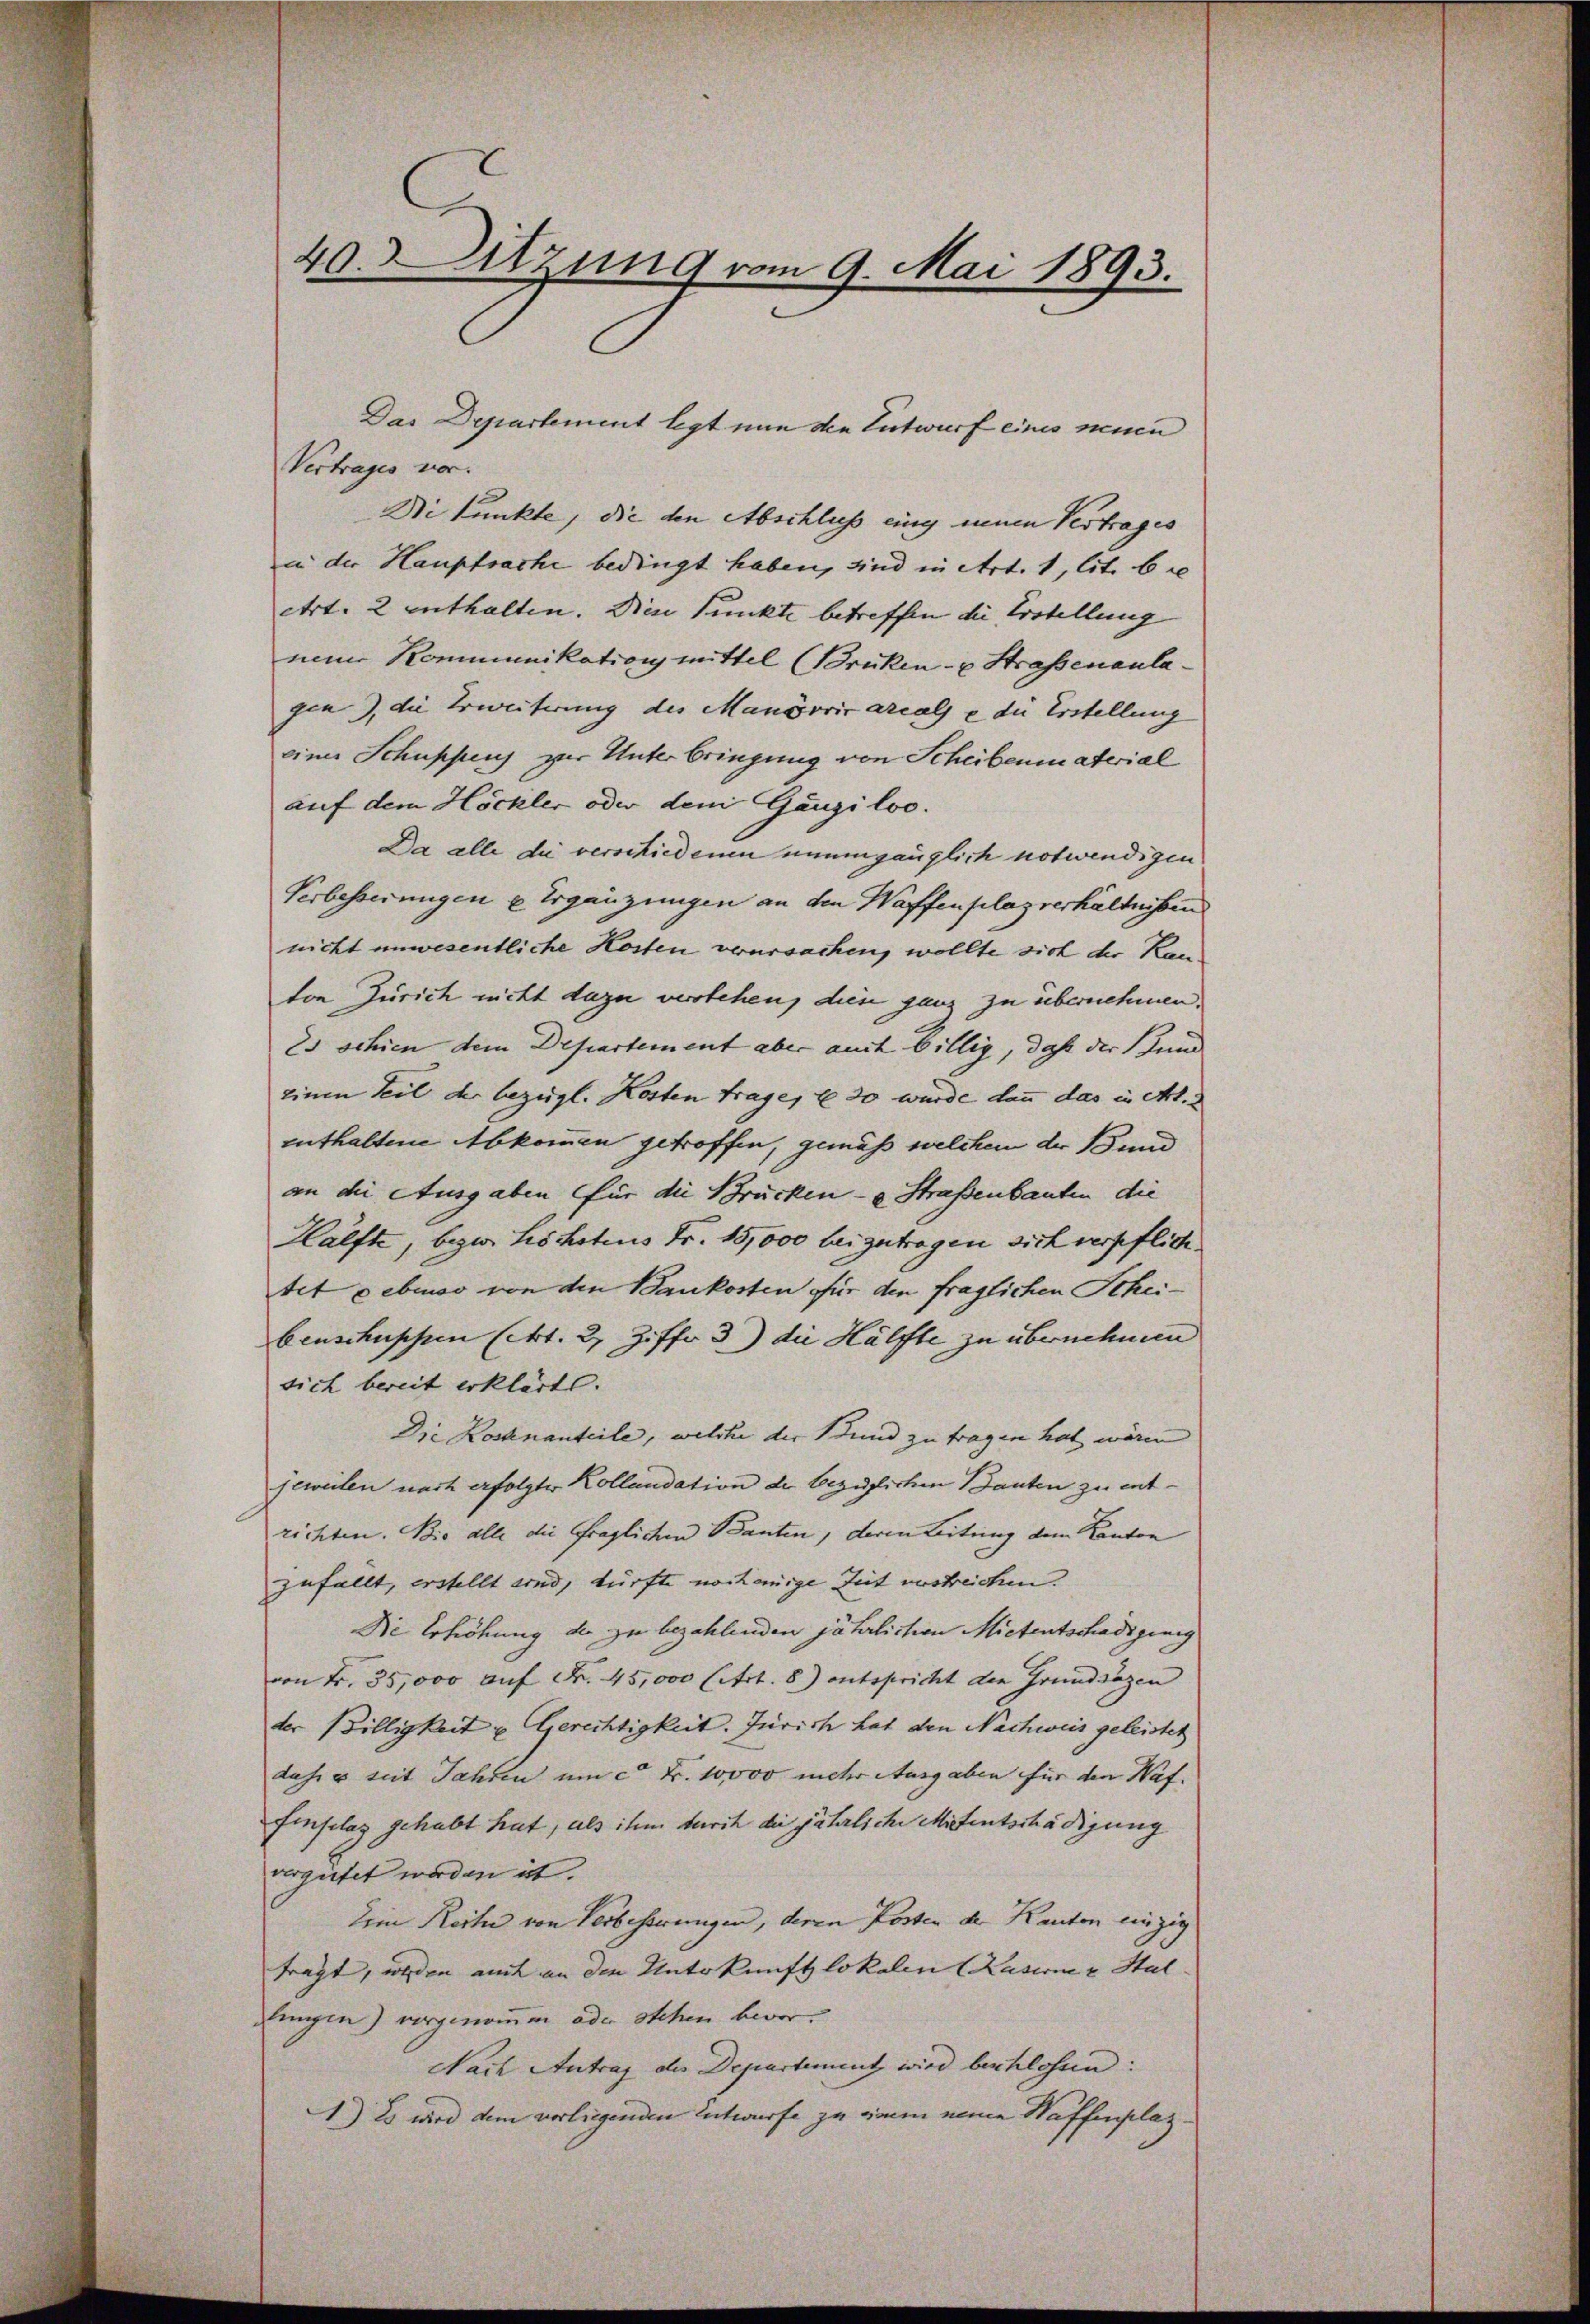
40. Sitzung vom 9. Mai 1893.

Das Departement legt nun die Entwurf eines neuen

Vertrages vor¬
Di Punkte, die den Abschluß eing neuen Vertrages
in der Hauptsache bedingt haben, sind in Art. 1, lit. be
Art. 2 enthalten. Die Punkte betreffen die Erstellung |
nem Kommunikation mittel (Brüken- u Strassenanlagen), die Erweiterung des Manövric arealse die Erstellung
einer Schuppen zur Unterbringung von Scheibenmaterial
auf dem Höckler oder dem Gangiloo.
Da alle die verschiedenen unumgänglich notwendigen
Verbesserungen u Ergänzungen an den Waffenplazverhältnissen
nicht unwesentliche Kosten verursachen, wollte sich der Kanton Zürich nicht dazu verstehen, dien ganz zu übernehmen.
Es schien dem Departement aber auch billig, daß der und
einen Teil der bezügl. Kosten Trage, E 30 wurde dann das in Art.
enthaltene Abkommen getroffen, gemäß welchem der Bund
an die Ausgaben für die Brücken - u Straßenbauten die
Hälfte, bezw. höchstens Fr. 15,000 beizutragen sich verpflichetet gebenso von den Baukosten für den fraglichen Scheibenschuschen (Art. 2, Ziffer 3) die Hälfte zu übernehmen
sich bereit erklärte. |
Die Kochnanteile, welche der Bund zu tragen hat wären
jeweilen nach erfolgter Kollaudation de bezüglichen Bauten zu entrichten. Die alle die fraglichen Banten, deren Leitung dem Kanton
zufällt, erstellt sind, dürfte noch einige Zeit austreichen.
Die Erhöhung der zu bezahlenden jährlichen Mietentschädigung
von Fr. 35,000 auf Fr. 45,000 litt. 8) entspricht den Grundsözen
der Billigkeit u. Gerechtigkeit. Zürich hat den Nachweis geleistet
daher seit Jahren um ca Fr. 10000 mehr Ausgaben für den Haf-
Einfelag gehabt hat, als ihm durch die jährliche Mitentschädigung
vergütet worden ist.
Dein Reiten von Verbesserungen, deren Posten dr. Kanton einzig
tragt, werden auch an die Unterkunft lokalen (Kaserne u Stal
Lungen) vorgenommen oder stehen bevor.
Nach Antrag der Departement wird beschlossen:
) Es wird dem verliegenden Entwurfe zu einem neuen Waffenplaz¬